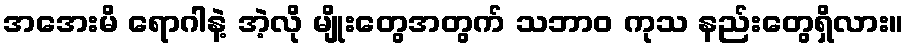
အအေးမိ ရောဂါနဲ့ အဲ့လို မျိုးတွေအတွက် သဘာဝ ကုသ နည်းတွေရှိလား။